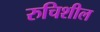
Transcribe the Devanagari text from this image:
रुचिशील